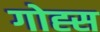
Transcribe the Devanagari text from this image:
गोह्स